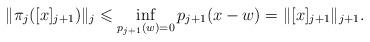
LaTeX: \begin{align*}\| \pi_j ([x]_{j+1}) \|_j \leqslant \inf_{p_{j+1}(w)=0} p_{j+1}(x-w) = \| [x]_{j+1} \|_{j+1}.\end{align*}